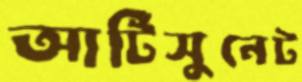
আর্টিসুনেট